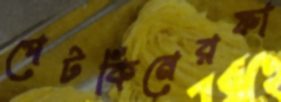
পেটকিনেরফা